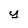
Character: y